Enquiry on enteric fever in India - Number 32
Disease focus: Fever
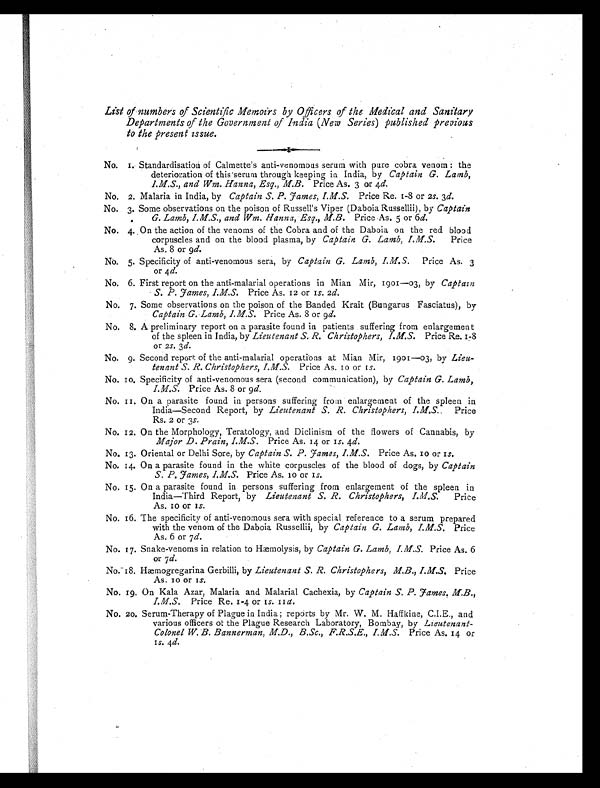
List of numbers of Scientific Memoirs by Officers of the Medical and Sanitary
Departments of the Government of India (New Series) published previous
to the Present issue.
No. 1. Standardisation of Calmette's anti-venomous serum with pure cobra venom : the
deterioration of this serum through keeping in India, by Captain G. Lamb,
I.M.S., and Wm. Hanna, Esq., M.B. Price As. 3 or 4d.
No. 2. Malaria in India, by Captain S. P. James, I.M.S. Price Re. 1-8 or 2s. 3d.
No. 3. Some observations on the poison of Russell's Viper (Daboia Russellii), by Captain
G. Lamb, I.M.S., and Wm. Hanna, Esq., M.B. Price As. 5 or 6 d.
No. 4. On the action of the venoms of the Cobra and of the Daboia on the red blood
corpuscles and on the blood plasma, by Captain G. Lamb, I.M.S. Price
As. 8 or 9d.
No. 5. Specificity of anti-venomous sera, by Captain G. Lamb, I.M.S. Price As. 3
or 4 d.
No. 6. First report on the anti-malarial operations in Mian Mir, 1901-03, by Captain
S. P. James, I.M.S. Price As. 12 or 1s. 2d.
No. 7. Some observations on the poison of the Banded Krait (Bungarus Fasciatus), by
Captain G. Lamb, I.M.S. Price As. 8 or 9d.
No. 8. A preliminary report on a parasite found in patients suffering from enlargement
of the spleen in India, by Lieutenant S. R. Christophers, I.M.S. Price Re. 1-8
or 2s. 3 d.
No. 9. Second report of the anti-malarial operations at Mian Mir, 1901-03, by Lieu-
tenant S. R. Christophers, I.M.S. Price As. 10 or 1s.
No. 10. Specificity of anti-venomous sera (second communication), by Captain G. Lamb,
I.M.S. Price As. 8 or 9 d.
N o . 1 1 . O n a p a r a s i t e f o u n d i n p e r s o n s s u f f e r i n g f r o m e n l a r g e m e n t o f t h e s p l e e n i n
India—Second Report, by Lieutenant S. R. Christophers, I.M.S. Price
Rs. 2 or 3s .
No. 12. On the Morphology, Teratology, and Diclinism of the flowers of Cannabis, by
Major D. Prain, I.M.S. Price As. 14 or 1 s. 4d.
No. 13. Oriental or Delhi Sore, by Captain S. P. James, I.M.S. Price As. 10 or 1s.
No. 14. On a parasite found in the white corpuscles of the blood of dogs, by Captain
S. P. J ames, I.M.S. Price As. 10 or 1s.
No. 15. On a parasite found in persons suffering from enlargement of the spleen in
India-Third Report, by Lieutenant S. R. Christophers, I.M.S.P r i c e
As. 10 or 1s.
No. 16. The specificity of anti-venomous sera with special reference to a serum prepared
with the venom of the Daboia Russellii, by Captain G. Lamb, I.M.S. Price
As. 6 or 7d.
No. 17. Snake-venoms in relation to Hæmolysis, by Captain G. Lamb, I.M.S. Price As. 6
or 7d.
No. 18. Hæmogregarina Gerbilli, by Lieutenant S. R. Christophers, M.B., I.M.S. Price
As. 10 or 1s.
No. 19. On Kala Azar, Malaria and Malarial Cachexia, by Captain S. P. James. M.B.,
I.M.S. Price Re. 1-4 or 1s. 11d.
No. 20. Serum-Therapy of Plague in India ; reports by Mr. W. M. Haffkine, C.I.E., and
various officers of the Plague Research Laboratory, Bombay, by Lieutenant--
Colonel W. B. Bannerman, M.D., B.Sc., F.R.S.E., I.M.S. P r i c e A s . 1 4 o r
1
S
. 4
d
.